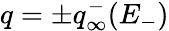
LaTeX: q=\pm q_{\infty}^{-}(E_{-})